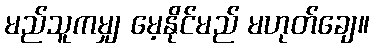
မည်သူကမျှ မေ့နိုင်မည် မဟုတ်ချေ။